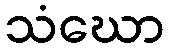
သံဃော